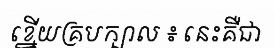
ខ្នើយគ្របក្បាល ៖ នេះគឺជា